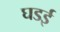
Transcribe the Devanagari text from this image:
घडई